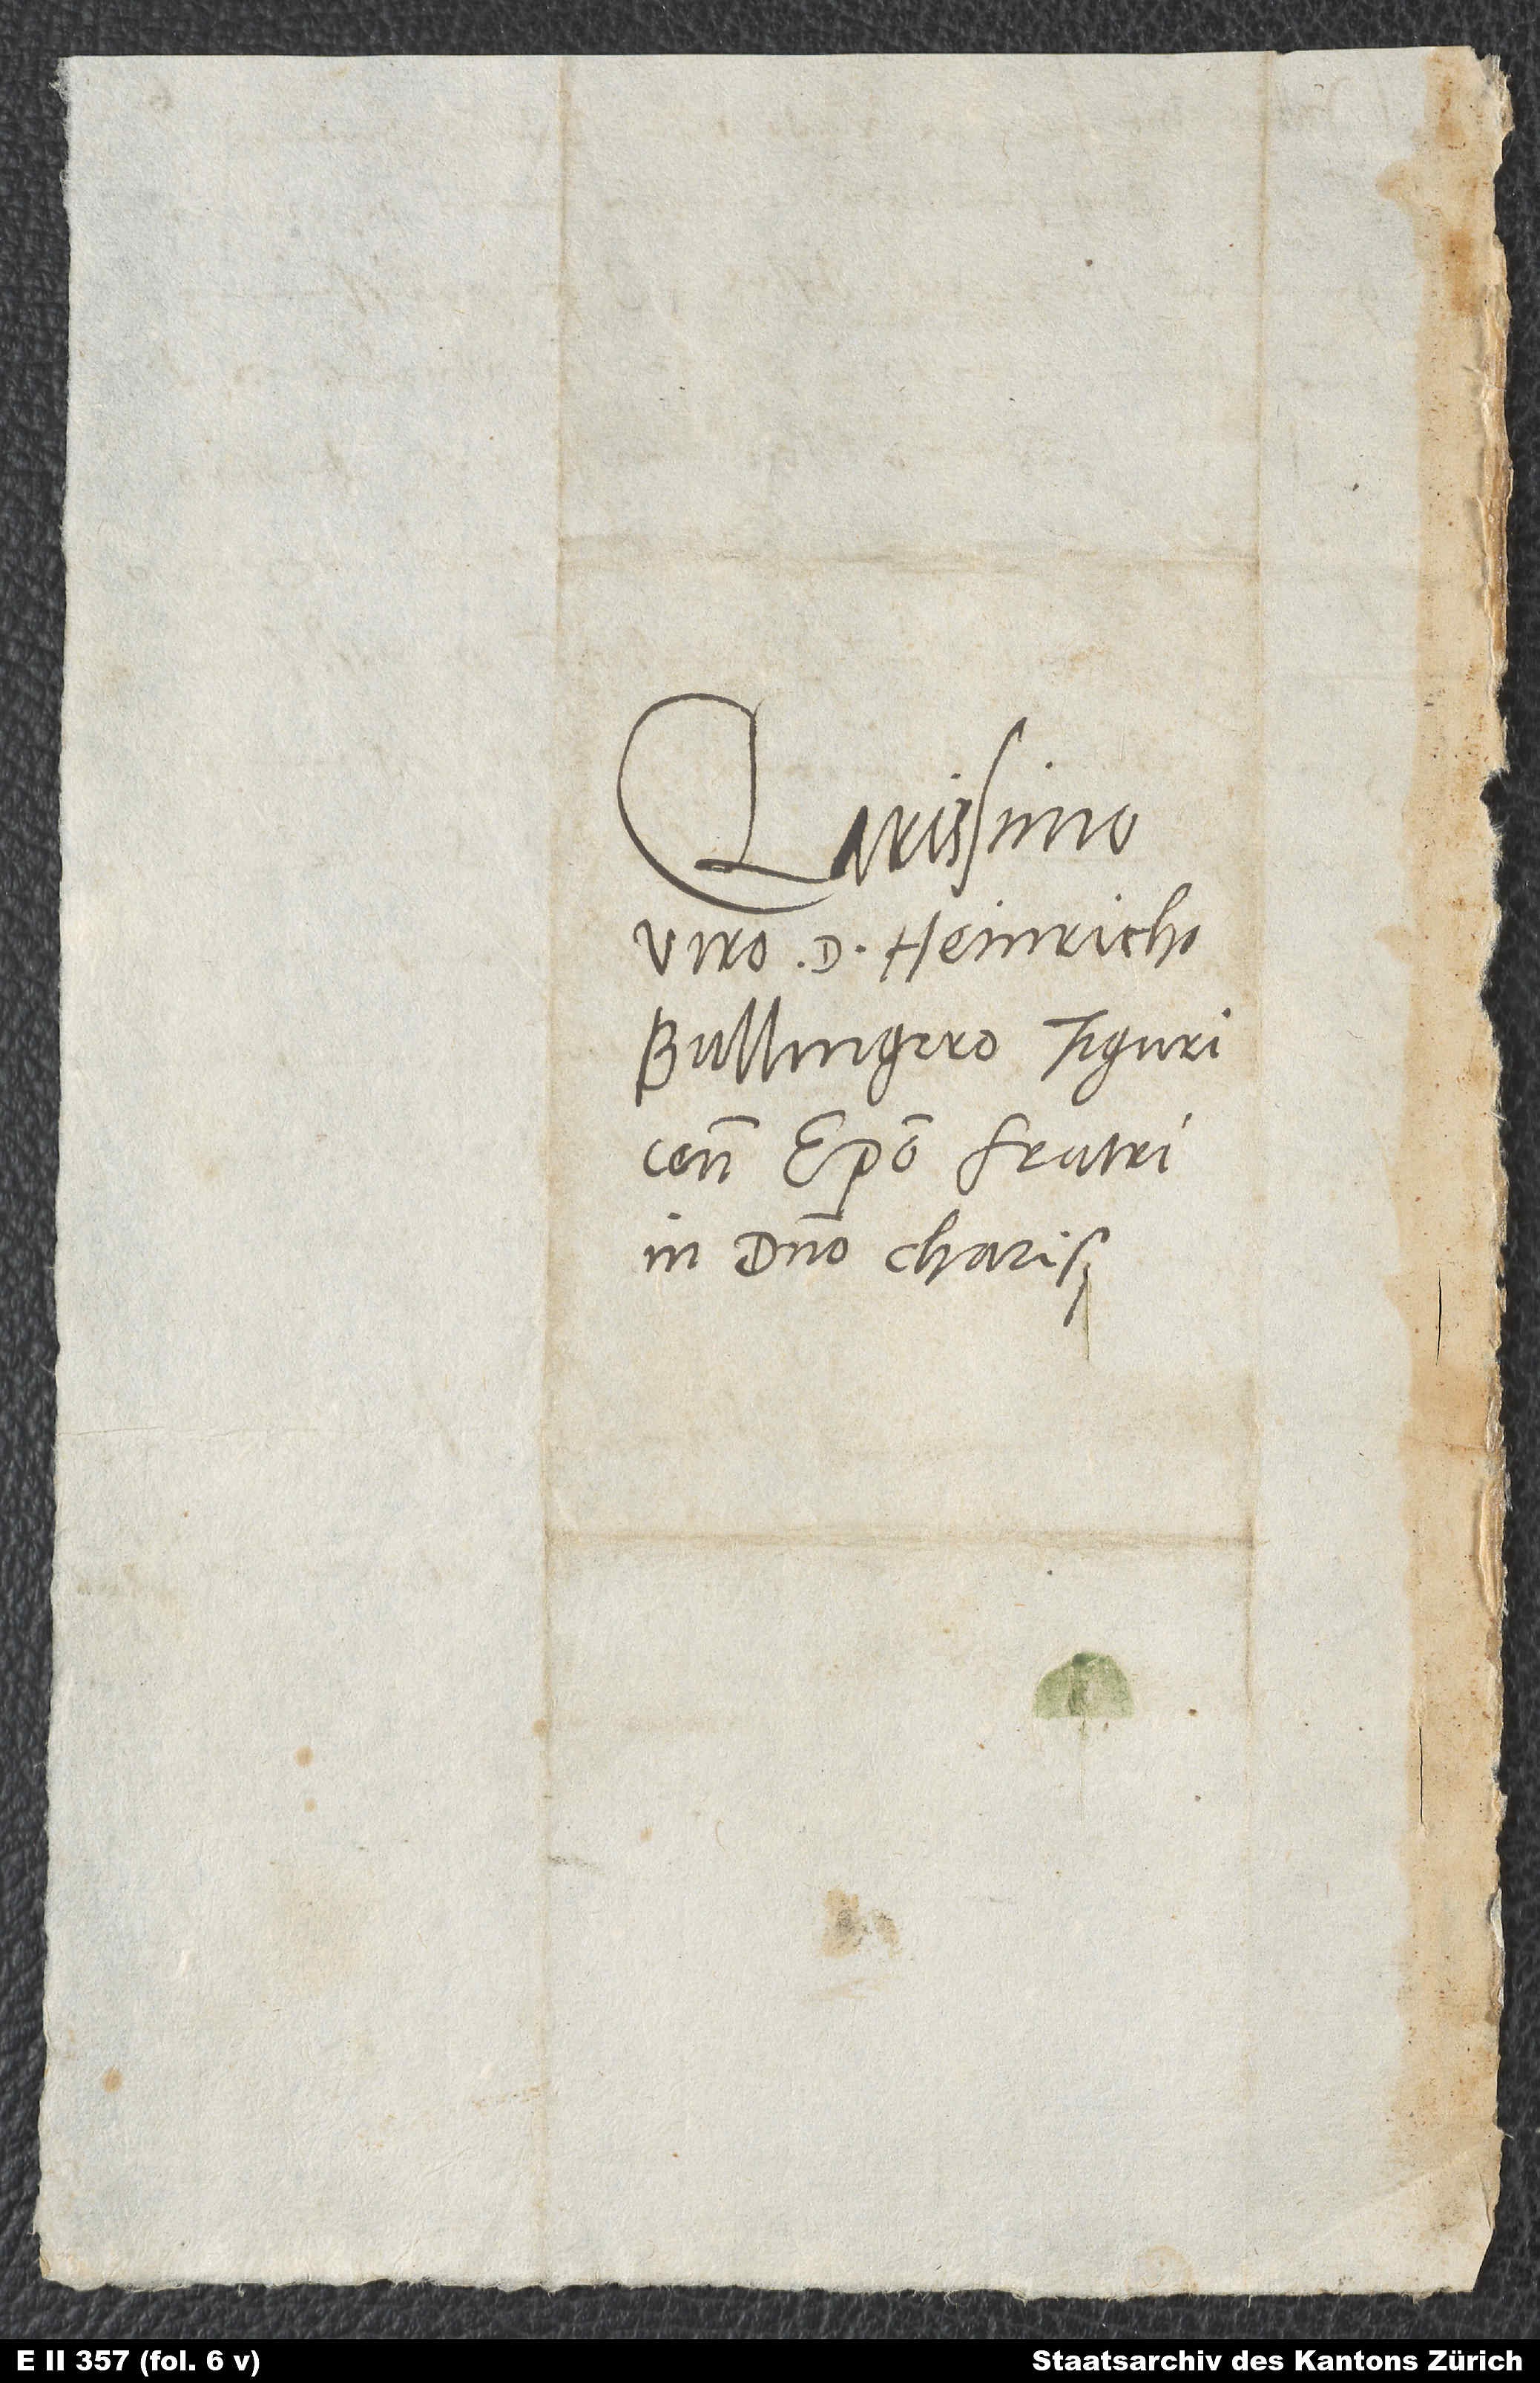
Clarissimo
viro d. Heinricho
Bullingero, Tiguricensi
episcopo, fratri
in domino charissimo.